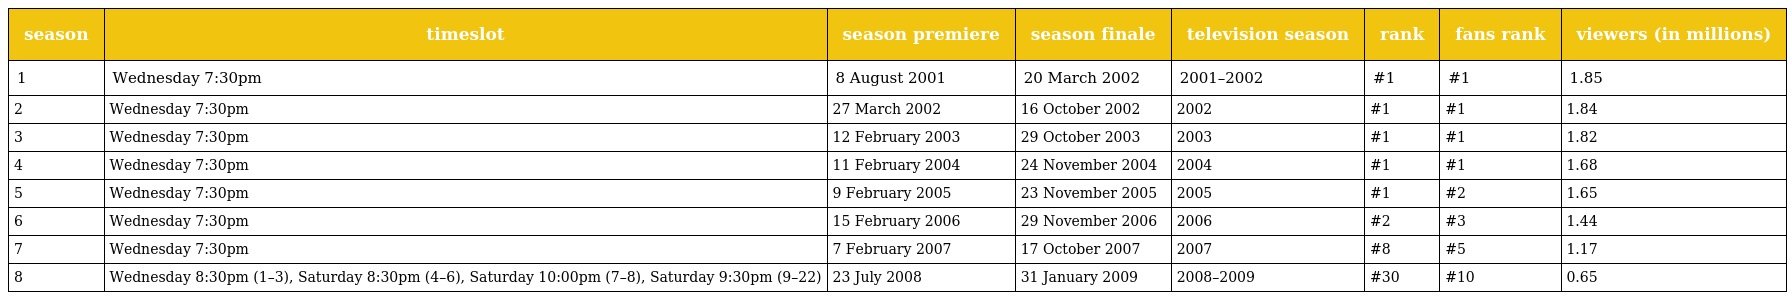
| season | timeslot | season premiere | season finale | television season | rank | fans rank | viewers (in millions) |
 | --- | --- | --- | --- | --- | --- | --- | --- |
 | 1 | Wednesday 7:30pm | 8 August 2001 | 20 March 2002 | 2001–2002 | #1 | #1 | 1.85 |
 | 2 | Wednesday 7:30pm | 27 March 2002 | 16 October 2002 | 2002 | #1 | #1 | 1.84 |
 | 3 | Wednesday 7:30pm | 12 February 2003 | 29 October 2003 | 2003 | #1 | #1 | 1.82 |
 | 4 | Wednesday 7:30pm | 11 February 2004 | 24 November 2004 | 2004 | #1 | #1 | 1.68 |
 | 5 | Wednesday 7:30pm | 9 February 2005 | 23 November 2005 | 2005 | #1 | #2 | 1.65 |
 | 6 | Wednesday 7:30pm | 15 February 2006 | 29 November 2006 | 2006 | #2 | #3 | 1.44 |
 | 7 | Wednesday 7:30pm | 7 February 2007 | 17 October 2007 | 2007 | #8 | #5 | 1.17 |
 | 8 | Wednesday 8:30pm (1–3), Saturday 8:30pm (4–6), Saturday 10:00pm (7–8), Saturday 9:30pm (9–22) | 23 July 2008 | 31 January 2009 | 2008–2009 | #30 | #10 | 0.65 |